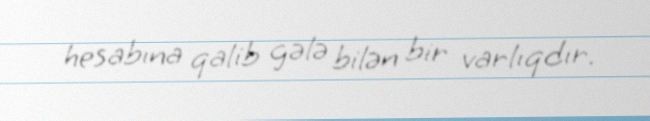
hesabına qalib gələ bilən bir varlıqdır.